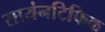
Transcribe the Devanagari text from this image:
सायंनटिफिक